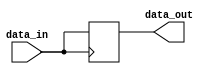
module io_buffer(
    input wire data_in,
    output reg data_out
);

    // adjustable output drive strength
    parameter DRIVE_STRENGTH = 2'b00; // default drive strength

    // slew rate control
    parameter SLEW_RATE = 1'b0; // default slew rate control

    // input/output voltage level translation
    parameter VOLTAGE_LEVEL = 1'b0; // default voltage level translation

    always @ (posedge data_in)
    begin
        if (DRIVE_STRENGTH == 2'b00)
            #1 data_out <= data_in;
        else if (DRIVE_STRENGTH == 2'b01)
            #1 data_out <= data_in;
        else if (DRIVE_STRENGTH == 2'b10)
            #1 data_out <= data_in;
        else
            #1 data_out <= data_in;
    end

endmodule